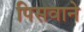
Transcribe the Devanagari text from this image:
पिसवाने